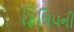
ફિલિપની